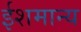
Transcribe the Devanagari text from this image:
ईशमान्य